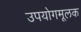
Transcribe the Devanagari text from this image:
उपयोगमूलक